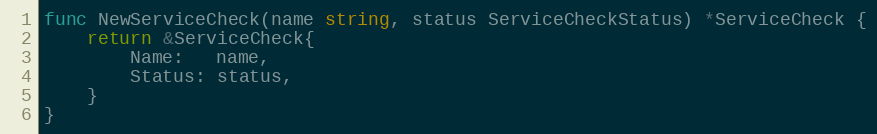
Language: Go
func NewServiceCheck(name string, status ServiceCheckStatus) *ServiceCheck {
	return &ServiceCheck{
		Name:   name,
		Status: status,
	}
}